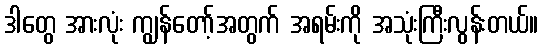
ဒါတွေ အားလုံး ကျွန်တော့်အတွက် အရမ်းကို အသုံးကြီးလွန်းတယ်။